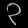
Digit: ၃